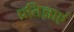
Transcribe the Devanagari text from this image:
प्रतिज्ञाएं